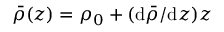
\bar { \rho } ( z ) = \rho _ { 0 } + ( \mathrm { d } \bar { \rho } / \mathrm { d } z ) z